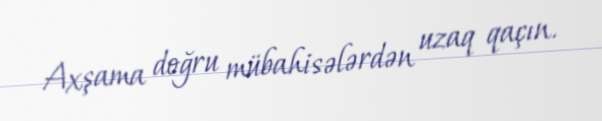
Axşama doğru mübahisələrdən uzaq qaçın.